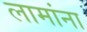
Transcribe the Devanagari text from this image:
लामांना